Document type: Sale
Year: 1440
Scribe: Pere Pau Pujades
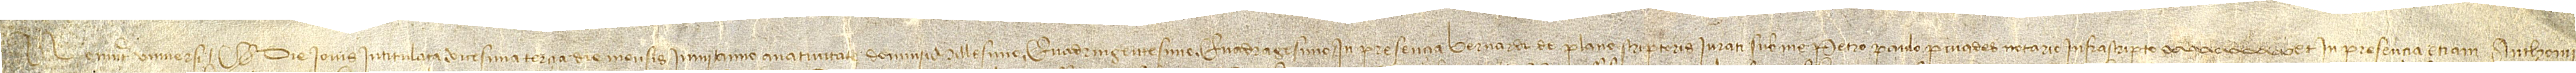
Noverint universi quod die iovis intitulata vicesima tercia die mensis iunii, anno a Nativitate Domini millesimo quadringentesimo quadragesimo, in presencia Bernardi de Plano, scriptoris iurati sub me, Petro Paulo Puiades, notario infrascripto,  et in presencia etiam Anthonii